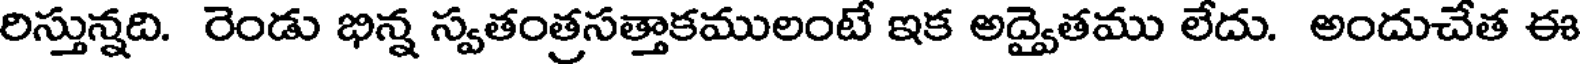
రిస్తున్నది. రెండు భిన్న స్వతంత్రసత్తాకములంటే ఇక అద్వైతము లేదు. అందుచేత ఈ